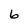
Character: 6